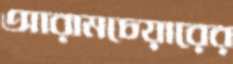
আরামচেয়ারের